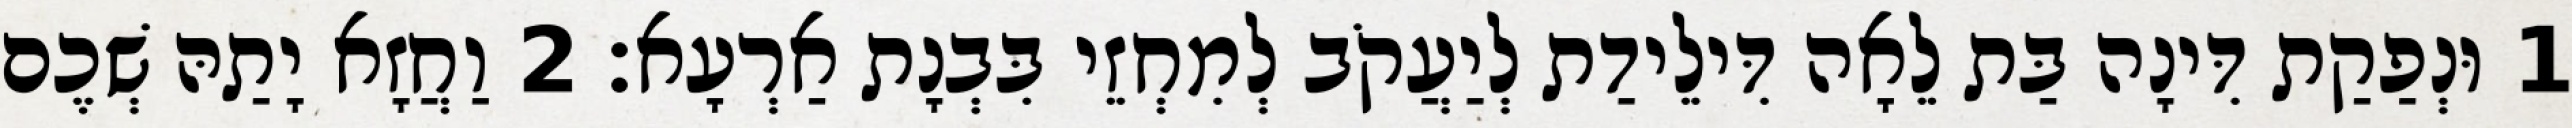
1 וּנְפַקַת דִּינָה בַּת לֵאָה דִּילֵידַת לְיַעֲקֹב לְמִחְזֵי בִּבְנָת אַרְעָא׃ 2 וַחֲזָא יָתַהּ שְׁכֶם